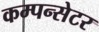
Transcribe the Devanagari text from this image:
कम्पन्सेटर